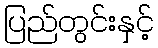
ပြည်တွင်းနှင့်